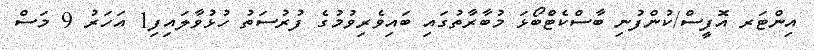
އިންޓަރ އޮފީސް/ކުންފުނި ބާސްކެޓްބޯޅަ މުބާރާތުގައި ބައިވެރިވުމުގެ ފުރުސަތު ހުޅުވާލައިފި1 އަހަރު 9 މަސް